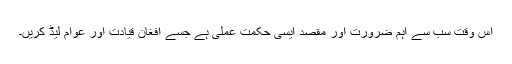
اس وقت سب سے اہم ضرورت اور مقصد ايسی حکمت عملی ہے جسے افغان قيادت اور عوام ليڈ کريں۔